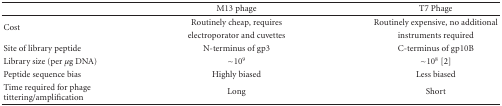
<table><thead><tr><td></td><td><b>M13 phage</b></td><td><b>T7 Phage</b></td></tr></thead><tbody><tr><td rowspan="2">Cost</td><td>Routinely cheap, requires</td><td>Routinely expensive, no additional</td></tr><tr><td>electroporator and cuvettes</td><td>instruments required</td></tr><tr><td>Site of library peptide</td><td>N-terminus of gp3</td><td>C-terminus of gp10B</td></tr><tr><td>Library size (per <i>μ</i>g DNA)</td><td>~10<sup>9</sup></td><td>~10<sup>8</sup> [2]</td></tr><tr><td>Peptide sequence bias</td><td>Highly biased</td><td>Less biased</td></tr><tr><td>Time required for phage tittering/amplification</td><td>Long</td><td>Short</td></tr></tbody></table>